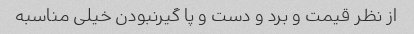
از نظر قیمت و برد و دست و پا گیرنبودن خیلی مناسبه